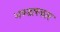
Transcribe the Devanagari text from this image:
भण्डारकार